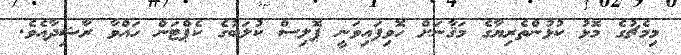
މިމެޗުގެ މޮޅު ކުޅުންތެރިޔާގެ މަޤާނަށް ހޮވިފައިވަނީ ޕޮލިސް ކުލަބުގެ ކެޕްޓަން ހައްވާ ރާޝިދާއެވެ.